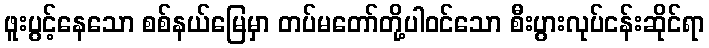
ဖူးပွင့်နေသော စစ်နယ်မြေမှာ တပ်မတော်တို့ပါဝင်သော စီးပွားလုပ်ငန်းဆိုင်ရာ